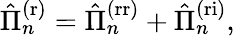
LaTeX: \begin{array}{r}{\hat{\Pi}_{n}^{\mathrm{(r)}}=\hat{\Pi}_{n}^{\mathrm{(rr)}}+\hat{\Pi}_{n}^{\mathrm{(ri)}},}\end{array}